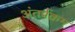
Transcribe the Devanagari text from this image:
अंतर्प्रक्रम